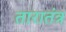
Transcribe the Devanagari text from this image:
तारातंत्र